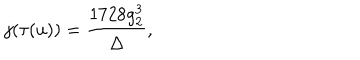
LaTeX: j ( \tau ( u ) ) = \frac { 1 7 2 8 g _ { 2 } ^ { 3 } } { \Delta } ,